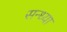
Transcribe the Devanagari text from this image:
सन्‍ध्‍या